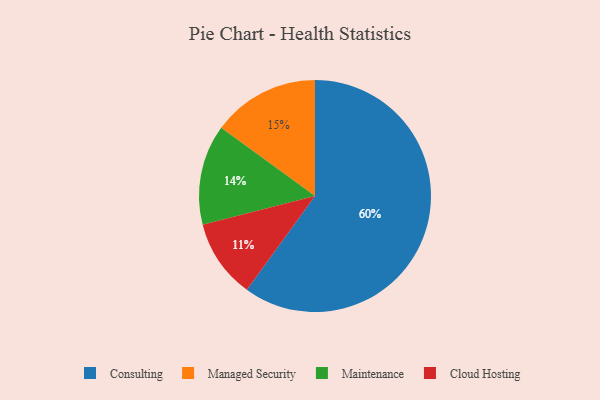
{"axis": {"x": "Category", "y": "Percentage"}, "legend": ["Cloud Hosting", "Consulting", "Maintenance", "Managed Security"], "data": [{"x": "Managed Security", "y": 15, "type": "Managed Security"}, {"x": "Cloud Hosting", "y": 11, "type": "Cloud Hosting"}, {"x": "Consulting", "y": 60, "type": "Consulting"}, {"x": "Maintenance", "y": 14, "type": "Maintenance"}]}